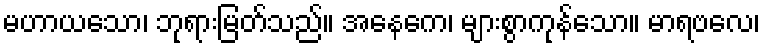
မဟာယသော၊ ဘုရားမြတ်သည်။ အနေကေ၊ များစွာကုန်သော။ မာရဗလေ၊